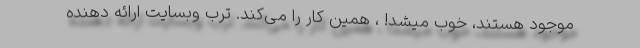
موجود هستند، خوب میشد! ، همین کار را می‌کند. ترب وبسایت ارائه دهنده